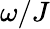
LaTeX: \omega/J